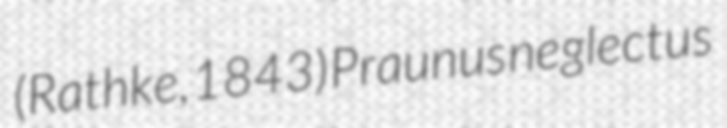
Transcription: (Rathke, 1843) Praunus neglectus